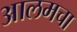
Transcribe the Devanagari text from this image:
आलमचा